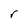
Character: r